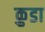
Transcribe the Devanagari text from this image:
क्रुडा